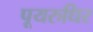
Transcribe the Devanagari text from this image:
पूयरुधिर